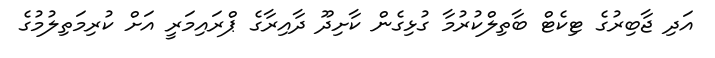
އަދި ޖާބިރުގެ ޓިކެޓް ބާތިލްކުރުމާ ގުޅިގެން ކާށިދޫ ދާއިރާގެ ޕްރައިމަރީ އަށް ކުރިމަތިލުމުގެ